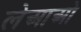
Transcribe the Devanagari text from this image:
लेआओ